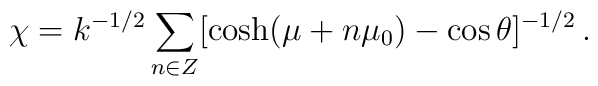
\chi=k^{-1/2}\sum_{n\in Z}[\cosh(\mu+n\mu_{0})-\cos\theta]^{-1/2}\, .